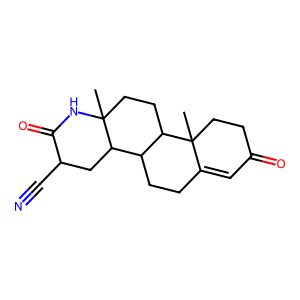
SMILES: CC12CCC3C(CCC4=CC(=O)CCC43C)C1CC(C#N)C(=O)N2
Inhibits HIV replication: No